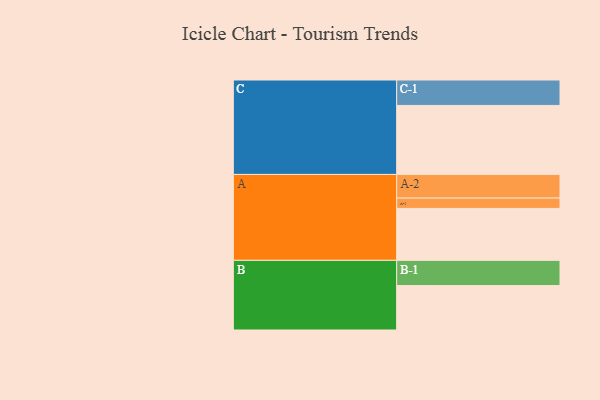
{"axis": {"x": "Segment", "y": "Value"}, "legend": ["", "A", "B", "C"], "data": [{"x": "A", "y": 396, "type": ""}, {"x": "B", "y": 339, "type": ""}, {"x": "C", "y": 526, "type": ""}, {"x": "A-1", "y": 79, "type": "A"}, {"x": "A-2", "y": 180, "type": "A"}, {"x": "B-1", "y": 192, "type": "B"}, {"x": "C-1", "y": 194, "type": "C"}]}